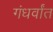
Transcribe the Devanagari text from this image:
गंधर्वांत